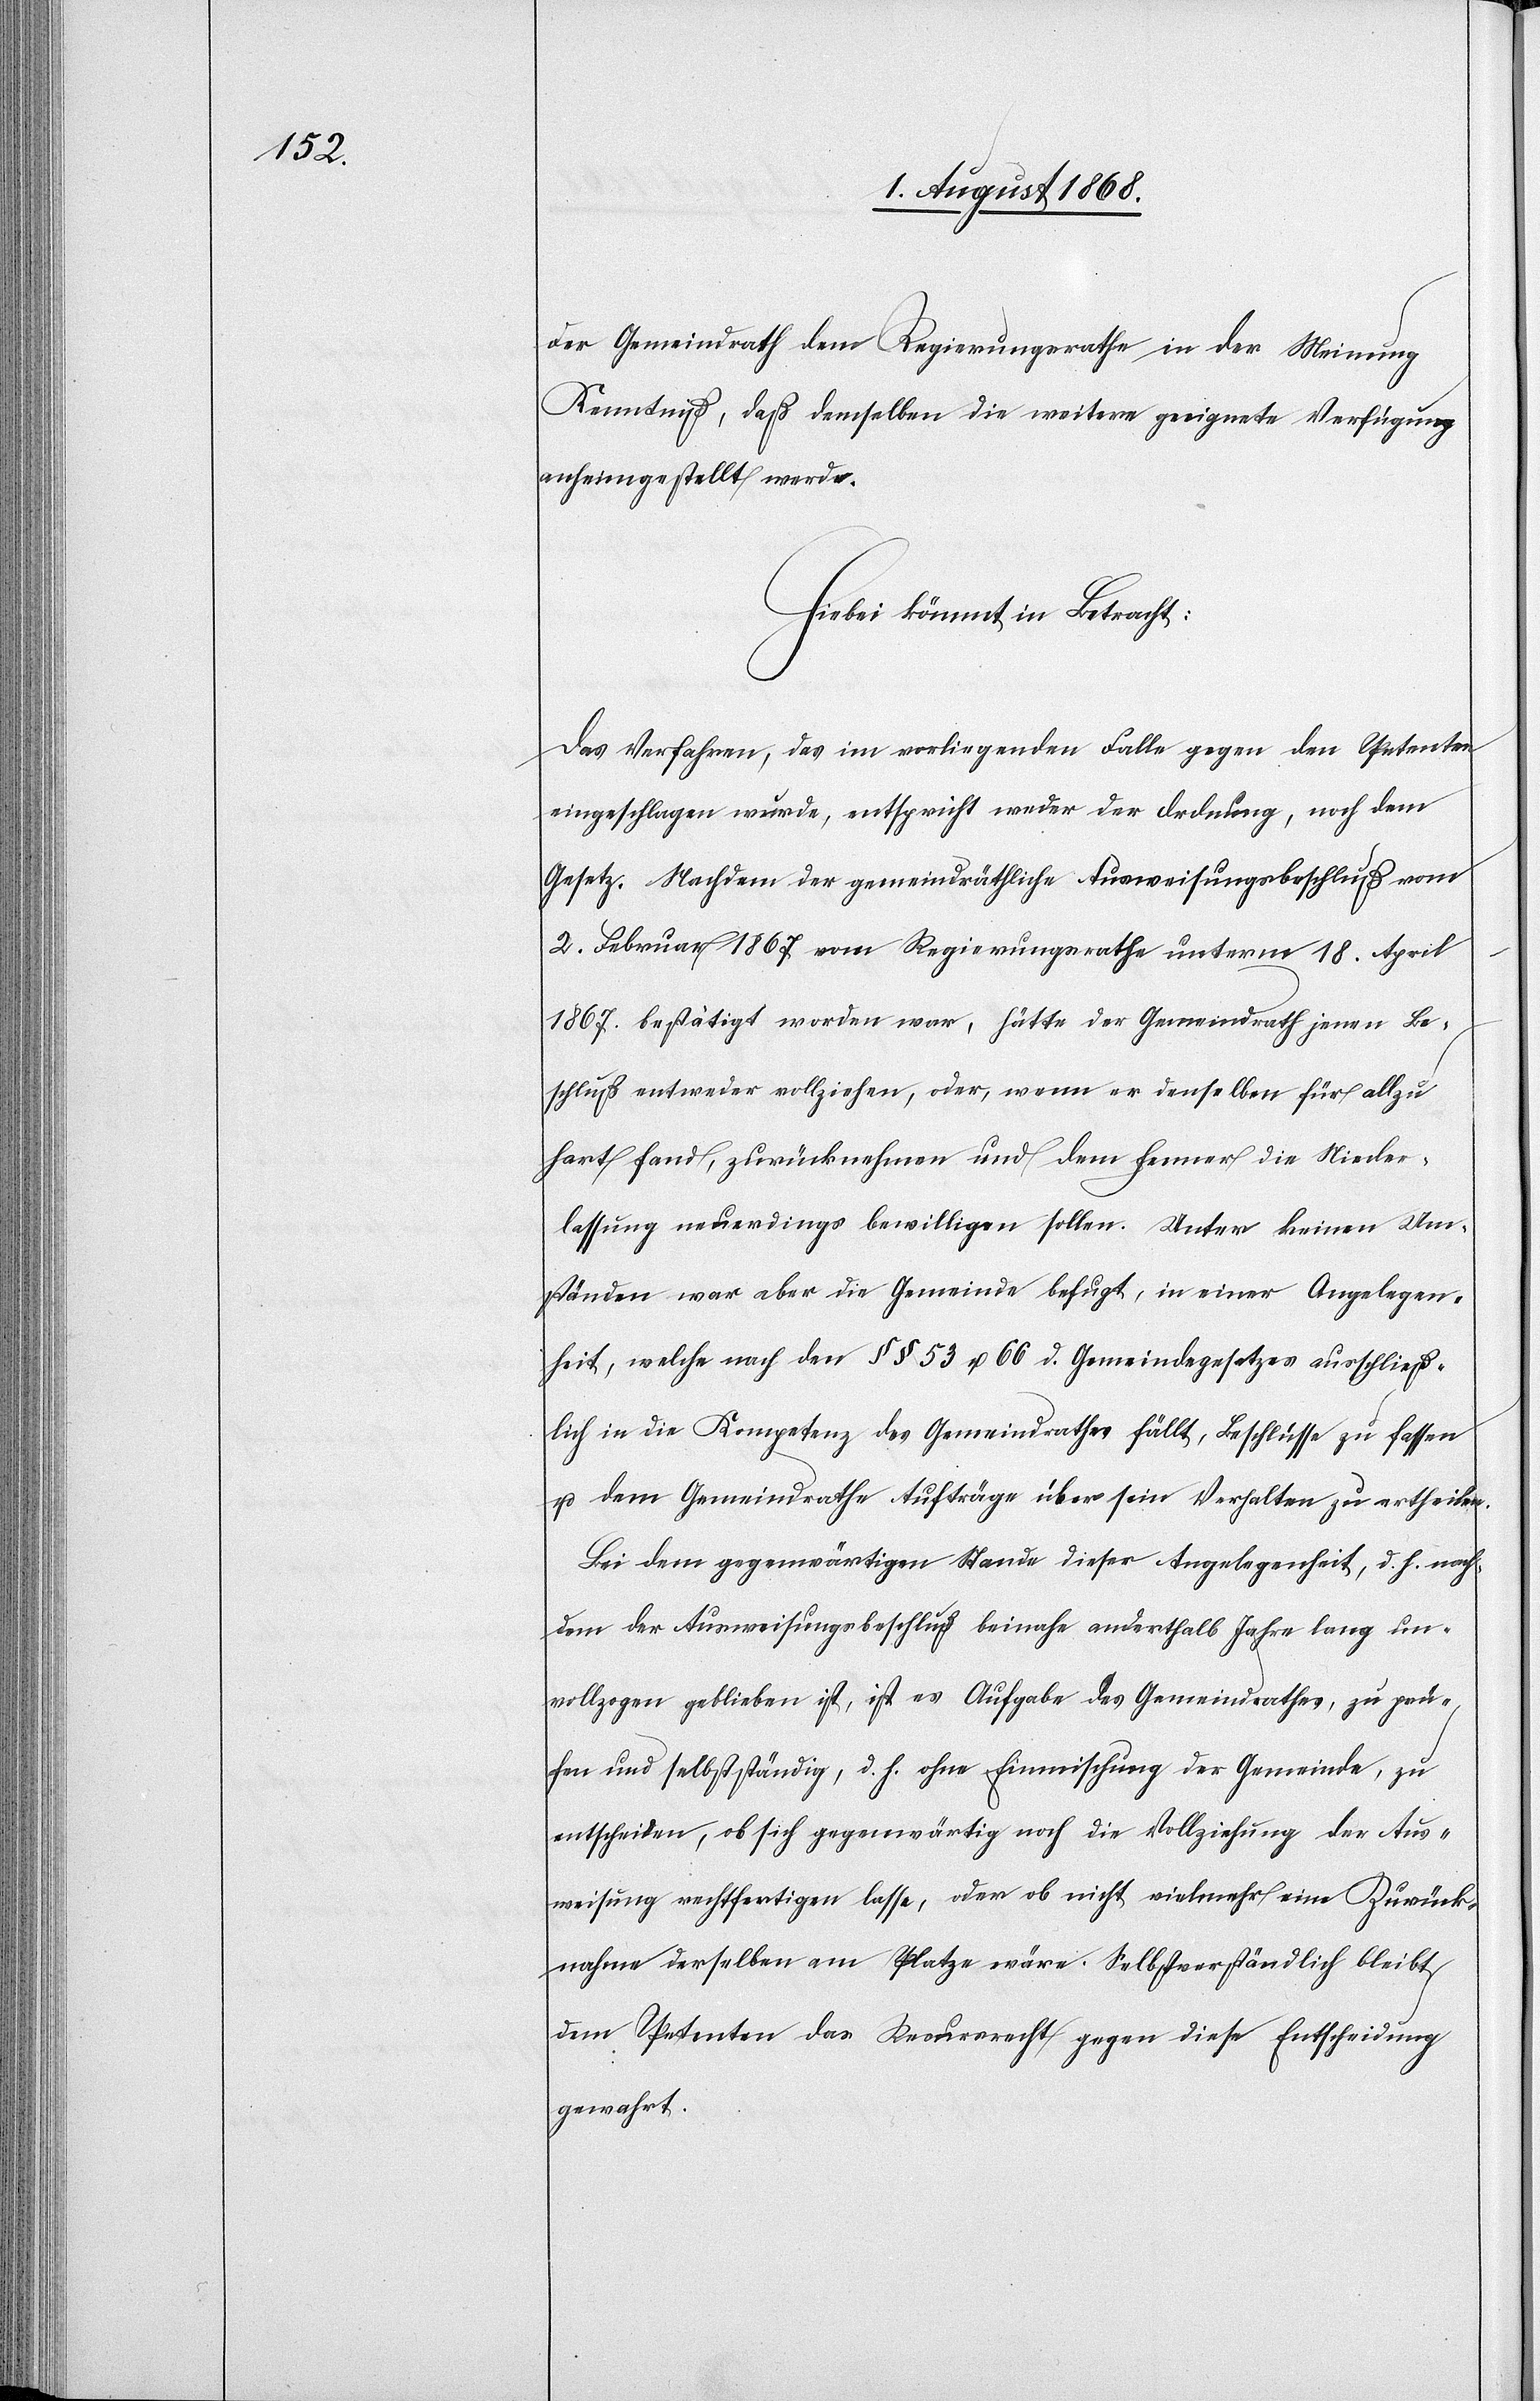
der Gemeindrath dem Regierungsrathe in der Meinung
Kenntniß, daß demselben die weitere geeignete Verfügung
anheimgestellt werde.
Hiebei kömmt in Betracht:
Das Verfahren, das im vorliegenden Falle gegen den Petenten
eingeschlagen wurde, entspricht weder der Ordnung, noch dem
Gesetz. Nachdem der gemeindräthliche Ausweisungsbeschluß vom
2. Februar 1867 vom Regierungsrathe unterm 18. April
1867. bestätigt worden war, hätte der Gemeindrath jenen Be¬
schluß entweder vollziehen, oder, wenn er denselben für allzu
hart fand, zurücknehmen und dem Fenner die Nieder¬
lassung neuerdings bewilligen sollen. Unter keinen Um¬
ständen war aber die Gemeinde befugt, in einer Angelegen¬
heit, welche nach den §§ 53 u. 66 d. Gemeindegesetzes ausschließ¬
lich in die Kompetenz des Gemeindrathes fällt, Beschlüsse zu fassen
u. dem Gemeindrathe Aufträge über sein Verhalten zu ertheilen.
Bei dem gegenwärtigen Stande dieser Angelegenheit, d. h. nach¬
dem der Ausweisungsbeschluß beinahe anderthalb Jahre lang un¬
vollzogen geblieben ist, ist es Aufgabe des Gemeindrathes, zu prü¬
fen und selbstständig, d. h. ohne Einmischung der Gemeinde, zu
entscheiden, ob sich gegenwärtig noch die Vollziehung der Aus¬
weisung rechtfertigen lasse, oder ob nicht vielmehr eine Zurück¬
nahme derselben am Platze wäre. Selbstverständlich bleibt
dem Petenten das Recursrecht gegen diese Entscheidung
gewahrt.